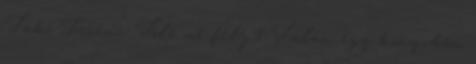
Takó Ferenc: Tőle ne félj 1 Talán egy könyvben